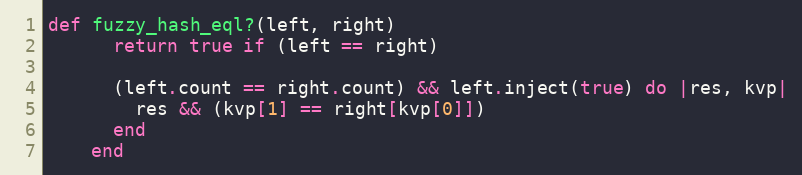
Language: Ruby
def fuzzy_hash_eql?(left, right)
      return true if (left == right)

      (left.count == right.count) && left.inject(true) do |res, kvp|
        res && (kvp[1] == right[kvp[0]])
      end
    end